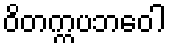
ဝိတက္ကပဘဝေါ